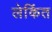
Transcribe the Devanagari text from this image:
लेकिंत